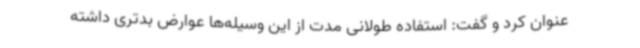
عنوان کرد و گفت: استفاده طولانی مدت از این وسیله‌ها عوارض بدتری داشته